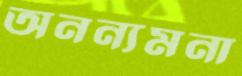
অনন্যমনা